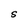
Character: S